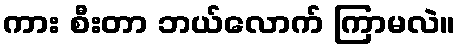
ကား စီးတာ ဘယ်လောက် ကြာမလဲ။